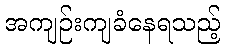
အကျဉ်းကျခံနေရသည့်